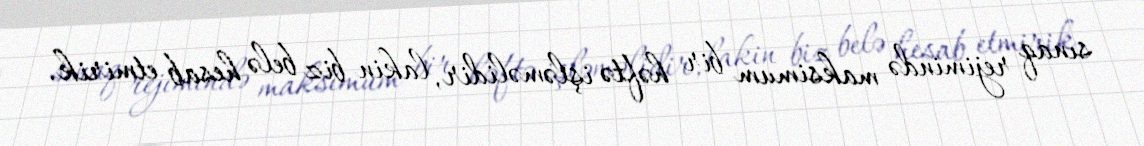
sınaq rejimində maksimum bir həftə işləməlidir, lakin biz belə hesab etmirik.